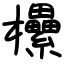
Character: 欙